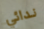
ندائي